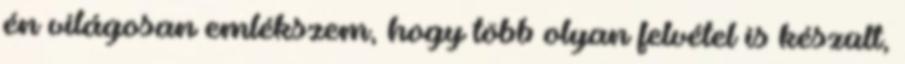
én világosan emlékszem, hogy több olyan felvétel is készült,